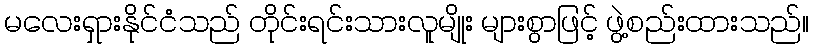
မလေးရှားနိုင်ငံသည် တိုင်းရင်းသားလူမျိုး များစွာဖြင့် ဖွဲ့စည်းထားသည်။